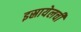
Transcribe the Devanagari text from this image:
इस्रायेलची